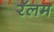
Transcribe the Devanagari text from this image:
रॅलम